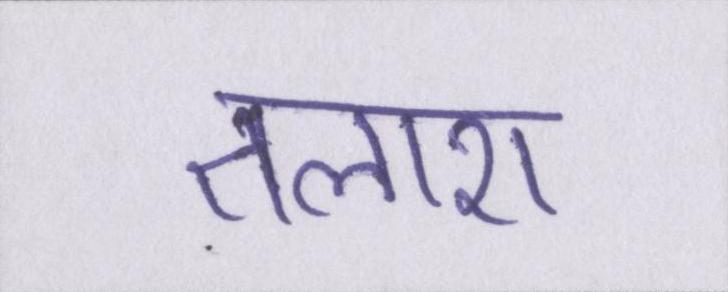
तलाश